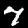
Label: 7